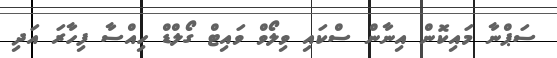
ސަޕްނާ މައިކޮން އިނާން ސްކައި ވިލޯވް ވައިޓް ގޯލްޑް ހިއްސާ ފިހާރަ އަދި